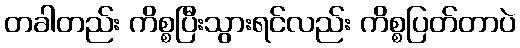
တခါတည်း ကိစ္စပြီးသွားရင်လည်း ကိစ္စပြတ်တာပဲ